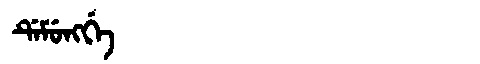
Manchu: ᡩᡝᠮᡠᠩᡤᡝ
Romanization: DEMUNGGE